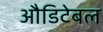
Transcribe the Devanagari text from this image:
औडिटेबल